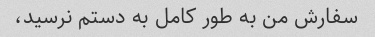
سفارش من به طور کامل به دستم نرسید،